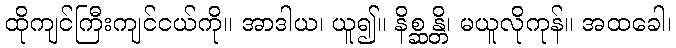
ထိုကျင်ကြီးကျင်ငယ်ကို။ အာဒါယ၊ ယူ၍။ နိစ္ဆန္တိ၊ မယူလိုကုန်။ အထခေါ၊